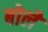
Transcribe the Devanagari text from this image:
बोलेे